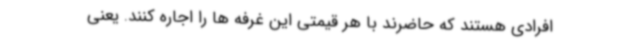
افرادی هستند که حاضرند با هر قیمتی این غرفه ها را اجاره کنند. یعنی